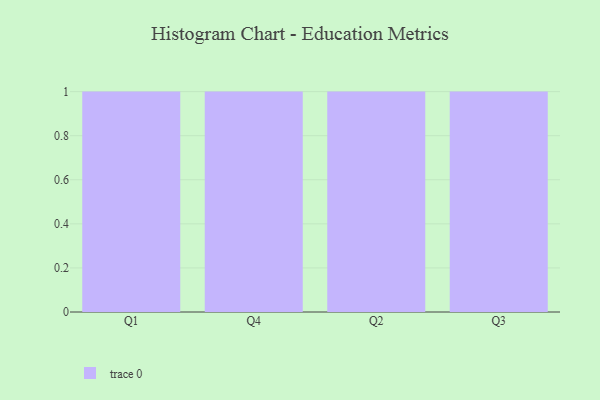
{"axis": {"x": "Quarter", "y": "Tickets Resolved"}, "legend": [""], "data": [{"x": "Q1", "y": 7, "type": ""}, {"x": "Q4", "y": 71, "type": ""}, {"x": "Q2", "y": 3, "type": ""}, {"x": "Q3", "y": 16, "type": ""}]}